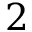
2